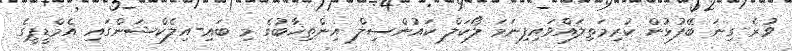
ވުރެ ގިނަ ބޭފުޅުން ކުރިމަތިލައްވައިފިނަމަ ލޯކަލް ކައުންސިލް އިންތިޚާބުގެ މި ބައި-އިލެކްޝަންގައި އެމްޑީޕީގެ